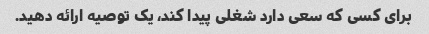
برای کسی که سعی دارد شغلی پیدا کند، یک توصیه ارائه دهید.